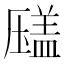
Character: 𰆫